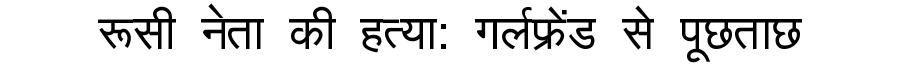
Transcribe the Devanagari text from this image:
रूसी नेता की हत्या: गर्लफ्रेंड से पूछताछ